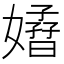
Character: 𡣁